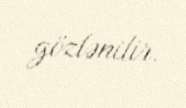
gözlənilir.